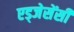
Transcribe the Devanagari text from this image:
एड्जेसेंसी